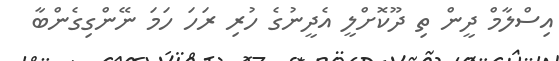
އިސްލާމް ދީން ތި ދޫކޮށްލީ އެދީނުގެ ހުރި ރަހަ ހަމަ ނޭންގިގެންބާ